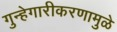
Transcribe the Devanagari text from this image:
गुन्हेगारीकरणामुळे